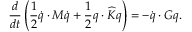
\frac { d } { d t } \left( \frac { 1 } { 2 } \dot { \boldsymbol { q } } \cdot \boldsymbol { M } \dot { \boldsymbol { q } } + \frac { 1 } { 2 } \boldsymbol { q } \cdot \widehat { \boldsymbol { K } } \boldsymbol { q } \right) = - \dot { \boldsymbol { q } } \cdot \boldsymbol { G } \boldsymbol { q } .